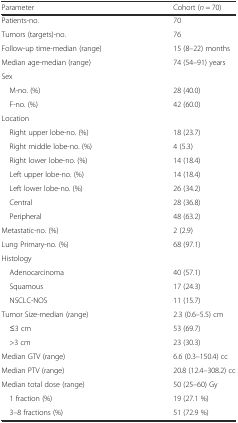
| Parameter | Cohort (n = 70) |
 | --- | --- |
 | Patients-no. | 70 |
 | Tumors (targets)-no. | 76 |
 | Follow-up time-median (range) | 15 (8–22) months |
 | Median age-median (range) | 74 (54–91) years |
 | Sex |  |
 | M-no. (%) | 28 (40.0) |
 | F-no. (%) | 42 (60.0) |
 | Location |  |
 | Right upper lobe-no. (%) | 18 (23.7) |
 | Right middle lobe-no. (%) | 4 (5.3) |
 | Right lower lobe-no. (%) | 14 (18.4) |
 | Left upper lobe-no. (%) | 14 (18.4) |
 | Left lower lobe-no. (%) | 26 (34.2) |
 | Central | 28 (36.8) |
 | Peripheral | 48 (63.2) |
 | Metastatic-no. (%) | 2 (2.9) |
 | Lung Primary-no. (%) | 68 (97.1) |
 | Histology |  |
 | Adenocarcinoma | 40 (57.1) |
 | Squamous | 17 (24.3) |
 | NSCLC-NOS | 11 (15.7) |
 | Tumor Size-median (range) | 2.3 (0.6–5.5) cm |
 | ≤3 cm | 53 (69.7) |
 | >3 cm | 23 (30.3) |
 | Median GTV (range) | 6.6 (0.3–150.4) cc |
 | Median PTV (range) | 20.8 (12.4–308.2) cc |
 | Median total dose (range) | 50 (25–60) Gy |
 | 1 fraction (%) | 19 (27.1 %) |
 | 3–8 fractions (%) | 51 (72.9 %) |